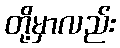
တို့မှာလည်း